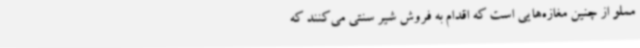
مملو از چنین مغازه‌هایی است که اقدام به فروش شیر سنتی می‌کنند که